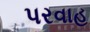
પરવાહ